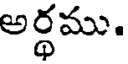
అర్థము.